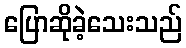
ပြောဆိုခဲ့သေးသည်